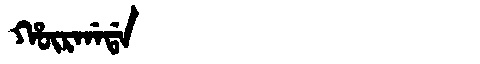
Manchu: ᡥᡡᡵᡤᠠᡩᠠ
Romanization: HŪRGADA